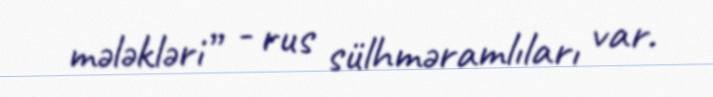
mələkləri” - rus sülhməramlıları var.